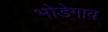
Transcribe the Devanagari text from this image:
भोडेगाव